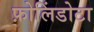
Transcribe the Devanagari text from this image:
फ़ोलिंडोटा